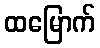
ထမြောက်